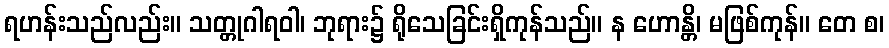
ရဟန်းသည်လည်း။ သတ္တုဂါရဝါ၊ ဘုရား၌ ရိုသေခြင်းရှိကုန်သည်။ န ဟောန္တိ၊ မဖြစ်ကုန်။ တေ စ၊